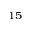
^ { 1 5 }